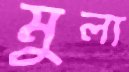
মুল্য